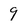
Character: 9